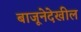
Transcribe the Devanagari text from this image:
बाजूनेदेखील